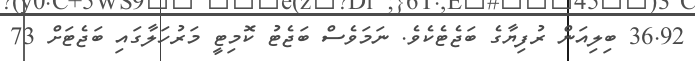
36.92 ބިލިއަން ރުފިޔާގެ ބަޖެޓެކެވެ. ނަމަވެސް ބަޖެޓު ކޮމިޓީ މަރުހަލާގައި ބަޖެޓަށް 73